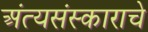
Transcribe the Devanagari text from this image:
अंत्यसंस्काराचे